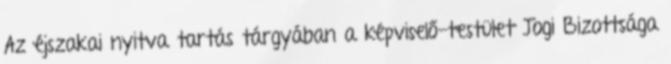
Az éjszakai nyitva tartás tárgyában a képviselő-testület Jogi Bizottsága